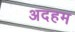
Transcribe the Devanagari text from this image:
अदहम